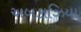
અબકાઝિયા